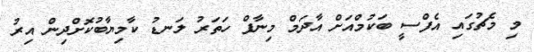
މި މެޗުގައި އެފްސީ ބަކުމްއަށް އާދަމް މިނާފް ހަތަރު ލަނޑު ކާމިޔާބުކޮށްދިން އިރު